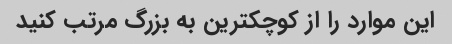
این موارد را از کوچکترین به بزرگ مرتب کنید